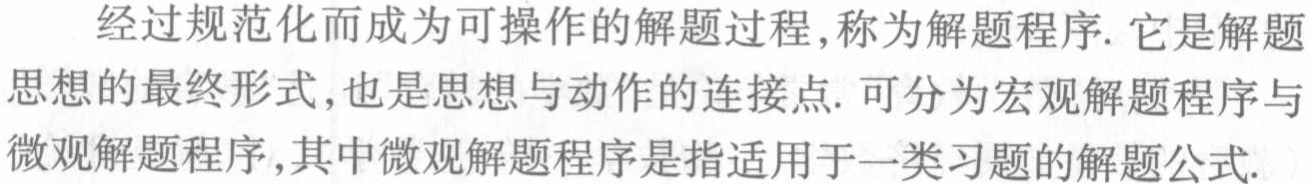
经过规范化而成为可操作的解题过程,称为解题程序. 它是解题思想的最终形式,也是思想与动作的连接点. 可分为宏观解题程序与微观解题程序,其中微观解题程序是指适用于一类习题的解题公式.